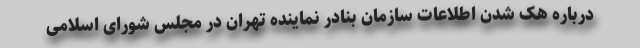
درباره هک شدن اطلاعات سازمان بنادر نماینده تهران در مجلس شورای اسلامی